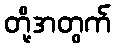
တို့အတွက်